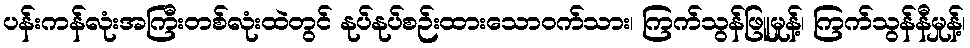
ပန်းကန်လုံးအကြီးတစ်လုံးထဲတွင် နုပ်နုပ်စဉ်းထားသောဝက်သား၊ ကြက်သွန်ဖြူမှုန့်၊ ကြက်သွန်နီမှုန့်၊